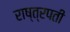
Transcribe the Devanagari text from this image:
राष्त्रपती